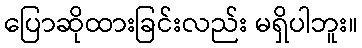
ပြောဆိုထားခြင်းလည်း မရှိပါဘူး။